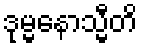
ဒုမ္မနောသ္မီတိ